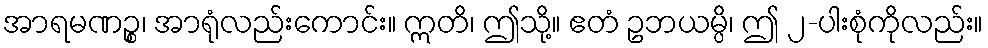
အာရမဏဉ္စ၊ အာရုံလည်းကောင်း။ ဣတိ၊ ဤသို့။ ဧတံ ဥဘယမ္ပိ၊ ဤ ၂-ပါးစုံကိုလည်း။